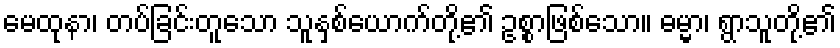
မေထုနာ၊ တပ်ခြင်းတူသော သူနှစ်ယောက်တို့၏ ဥစ္စာဖြစ်သော။ ဓမ္မာ၊ ရွာသူတို့၏